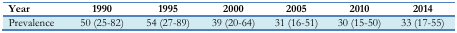
| Year | 1990 | 1995 | 2000 | 2005 | 2010 | 2014 |
 | --- | --- | --- | --- | --- | --- | --- |
 | Prevalence | 50 (25–82) | 54 (27–89) | 39 (20–64) | 31 (16–51) | 30 (15–50) | 33 (17–55) |